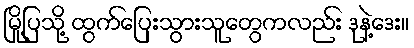
မြို့ပြသို့ ထွက်ပြေးသွားသူတွေကလည်း ဒုနဲ့ဒေး။